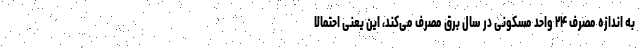
به اندازه مصرف ۲۴ واحد مسکونی در سال برق مصرف می‌کند، این یعنی احتمالا